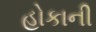
હોકાની